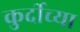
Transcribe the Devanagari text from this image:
कुर्दीच्या